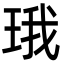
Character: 珴